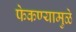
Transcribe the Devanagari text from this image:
फेकण्यामुळे